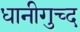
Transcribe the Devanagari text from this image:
धानीगुच्द